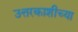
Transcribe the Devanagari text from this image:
उत्तरकाशीच्या